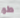
طھ